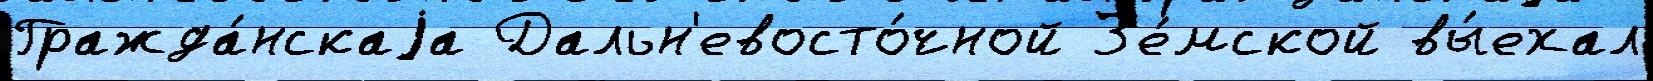
Гражда́нскаjа Дальн'евосто́чной З'е́мской вы́ехал